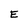
Character: E